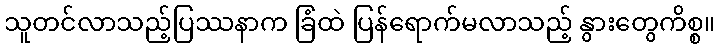
သူတင်လာသည့်ပြဿနာက ခြံထဲ ပြန်ရောက်မလာသည့် နွားတွေကိစ္စ။